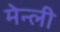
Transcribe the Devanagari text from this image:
मेन्ली